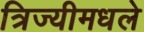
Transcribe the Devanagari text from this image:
त्रिज्यीमधले